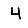
Digit: 4